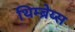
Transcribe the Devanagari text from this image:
थिम्ब्रेय्स